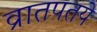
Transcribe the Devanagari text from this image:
व्रातपतये